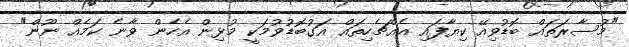
"މުސާރަތައް ބޮޑުވިއޭ ކިޔާފައި އެއްޗެހިތައް އަގުބޮޑުވުމަކީ މުޅިން އެހެން ވާނެ ކަމެއް ނޫން"